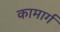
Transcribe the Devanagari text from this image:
कामार्ग